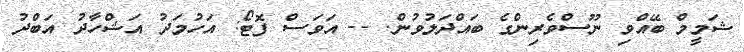
ޝަމީމް ބޭއްވި ނޫސްވެރިންގެ ބައްދަލުވުން. -- އަވަސް ފޮޓޯ: އަހުމަދު އަޝްހާދު އަބްދު